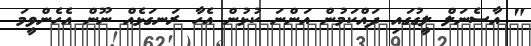
" އާސެނަލް ލީގުގައި ދައްކަމުން އަންނަ ކުޅުން އެހާ ރަނގަޅެއް ނޫން އެހެންވީމަ